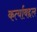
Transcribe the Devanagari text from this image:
कर्त्याबद्दल